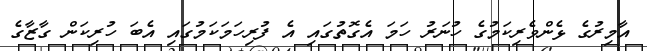
އާމިރުގެ ޅެންވެރިކަމުގެ ހުނަރު ހަމަ އެގޮތުގައި އެ ފުރިހަމަކަމުގައި އެބަ ހުރިކަން ގާޒާގެ